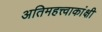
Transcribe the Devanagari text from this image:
अतिमहत्त्वाकांक्षी